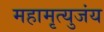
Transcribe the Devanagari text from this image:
महामृत्युजंय